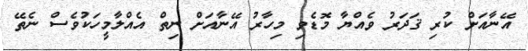
އޭނާއަށް ކުރި ޤަދަރު ވެއްޔާ މޮޑެވި މިހާރު އޭނާއަށް ނިތް އެއްލާމީހަކުވެސް ނެތޭ